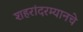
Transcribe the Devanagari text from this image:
शहरांदरम्यानचे